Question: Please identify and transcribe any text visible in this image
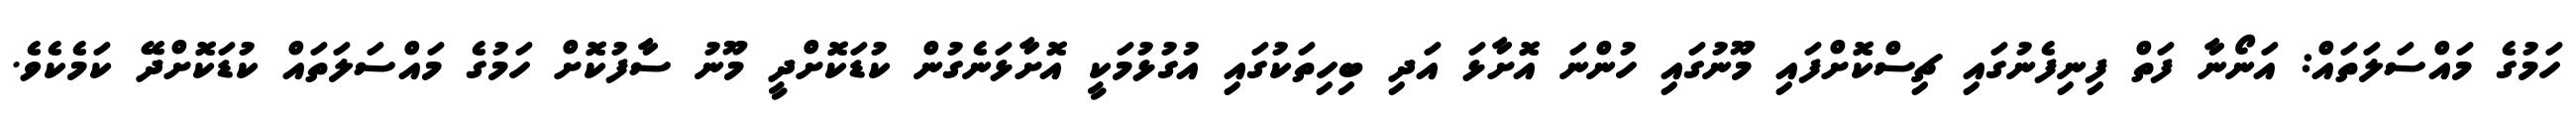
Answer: ހަމުގެ މައްސަލަތައް: އަނޯނާ ފަތް ފިނިފެނުގައި ޗިސްކޮށްފައި މޫނުގައި ހުންނަ އޮށާޅަ އަދި ބިހިތަކުގައި އުގުޅުމަކީ އޮށާޅަނެގުން ކުޑަކޮށްދީ މޫނު ސާފުކޮށް ހަމުގެ މައްސަލަތައް ކުޑަކޮށްދޭ ކަމެކެވެ.